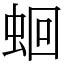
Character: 蛔